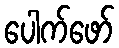
ပေါက်ဖော်